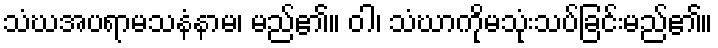
သံဃအပရာမသနံနာမ၊ မည်၏။ ဝါ၊ သံဃာကိုမသုံးသပ်ခြင်းမည်၏။